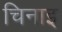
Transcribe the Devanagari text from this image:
चिनाइ